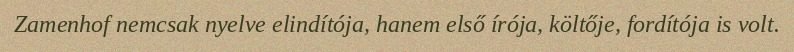
Zamenhof nemcsak nyelve elindítója, hanem első írója, költője, fordítója is volt.